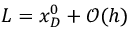
L = x _ { D } ^ { 0 } + \mathcal { O } ( h )